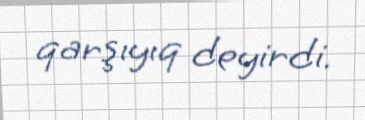
qarşıyıq deyirdi.